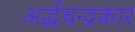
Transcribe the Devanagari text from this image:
अर्द्धचन्द्रकार